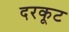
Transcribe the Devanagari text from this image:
दरकूट